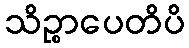
သိဉ္စာပေတိပိ